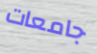
جامعات